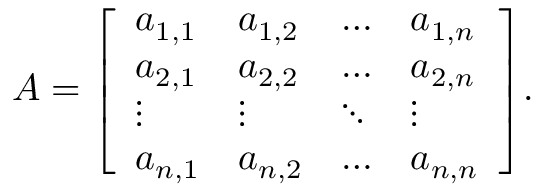
A = { \left[ \begin{array} { l l l l } { a _ { 1 , 1 } } & { a _ { 1 , 2 } } & { \dots } & { a _ { 1 , n } } \\ { a _ { 2 , 1 } } & { a _ { 2 , 2 } } & { \dots } & { a _ { 2 , n } } \\ { \vdots } & { \vdots } & { \ddots } & { \vdots } \\ { a _ { n , 1 } } & { a _ { n , 2 } } & { \dots } & { a _ { n , n } } \end{array} \right] } .